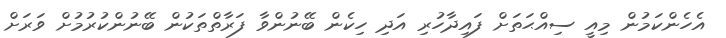
އެހެންކަމުން މިއީ ސިއްޙަތަށް ފައިދާހުރި އަދި ހިކެން ބޭނުންވާ ފަރާތްތަކުން ބޭނުންކުރުމުށް ވަރަށް